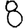
Digit: 8